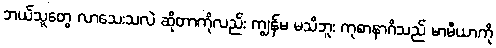
ဘယ်သူတွေ လာသေးသလဲ ဆိုတာကိုလည်း ကျွန်မ မသိဘူး ကုစာနာဂိသည် မာမီယာကို